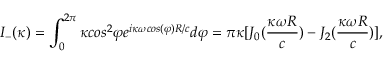
I _ { - } ( \kappa ) = \int _ { 0 } ^ { 2 \pi } { \kappa } c o s ^ { 2 } { \varphi } e ^ { i \kappa \omega { c o s ( \varphi ) } R / c } d { \varphi } = \pi { \kappa } [ J _ { 0 } ( \frac { \kappa \omega { R } } { c } ) - J _ { 2 } ( \frac { \kappa \omega { R } } { c } ) ] ,